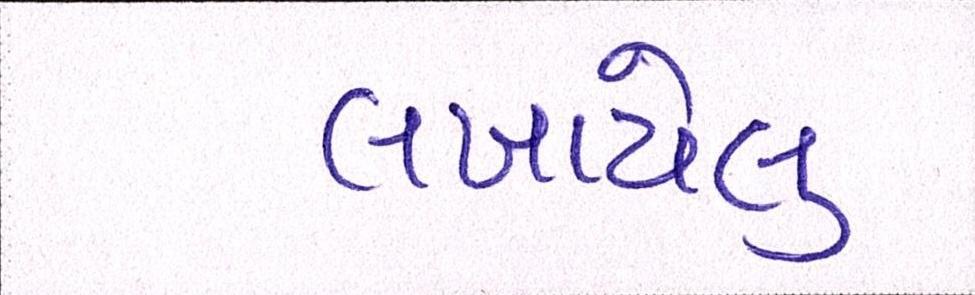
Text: લખાયેલુ